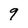
Character: 9